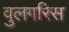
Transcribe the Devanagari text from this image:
वुलगरिस